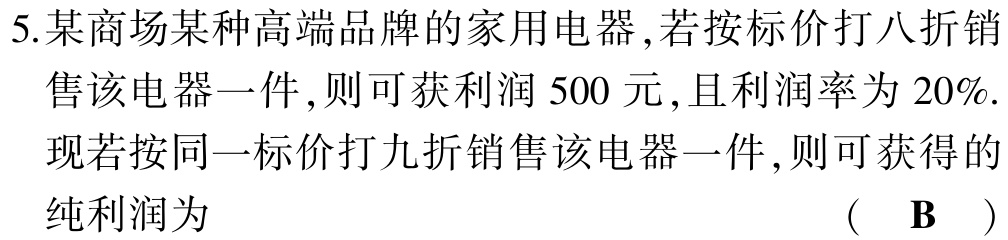
5.某商场某种高端品牌的家用电器,若按标价打八折销

售该电器一件,则可获利润 500 元,且利润率为 20%.

现若按同一标价打九折销售该电器一件,则可获得的

纯利润为  (  B  )